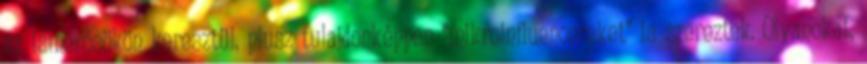
az ismerősökön keresztül, plusz tulajdonképpen “mikroinfluencereket” is szereztek. Olyanokat,